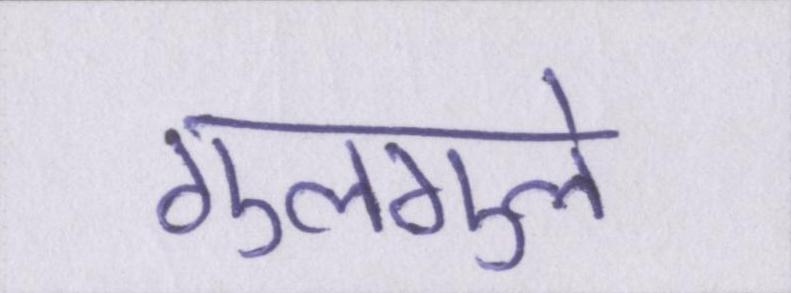
गुलगुले